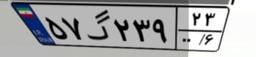
۵۷گ۲۳۹۲۳